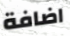
اضافة